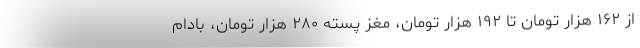
از ۱۶۲ هزار تومان تا ۱۹۲ هزار تومان، مغز پسته ۲۸۰ هزار تومان، بادام